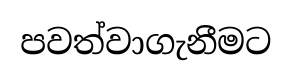
පවත්වාගැනීමට